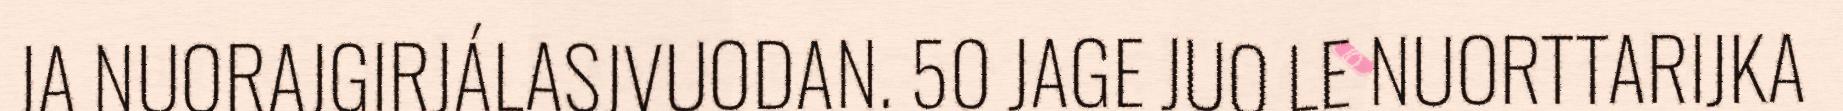
JA NUORAJGIRJÁLASJVUODAN. 50 JAGE JUO LE NUORTTARIJKA